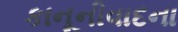
કાનૂનીવાદના